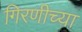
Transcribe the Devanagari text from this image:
गिरणीच्या